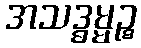
အသဒ္ဓမ္မဉ္စ